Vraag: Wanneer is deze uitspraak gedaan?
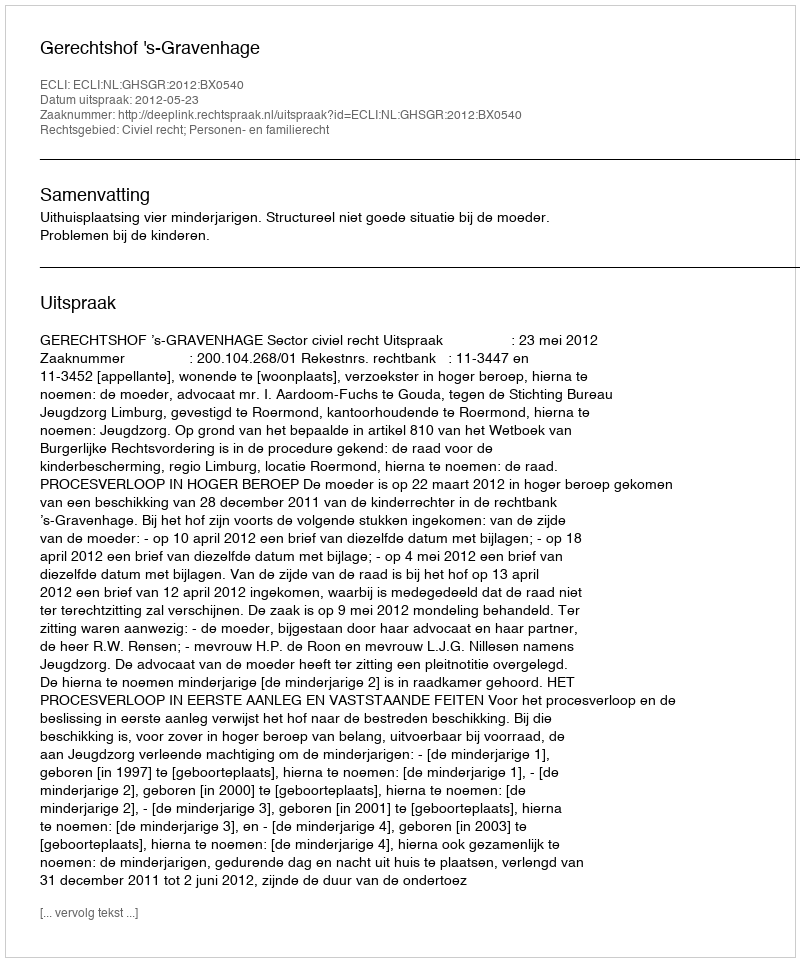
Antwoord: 2012-05-23